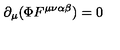
\partial _ { \mu } ( \Phi F ^ { \mu \nu \alpha \beta } ) = 0